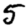
Digit: 5